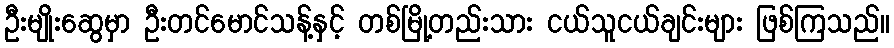
ဦးမျိုးဆွေမှာ ဦးတင်မောင်သန့်နှင့် တစ်မြို့တည်းသား ငယ်သူငယ်ချင်းများ ဖြစ်ကြသည်။